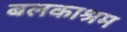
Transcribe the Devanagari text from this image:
बलकाश्रम